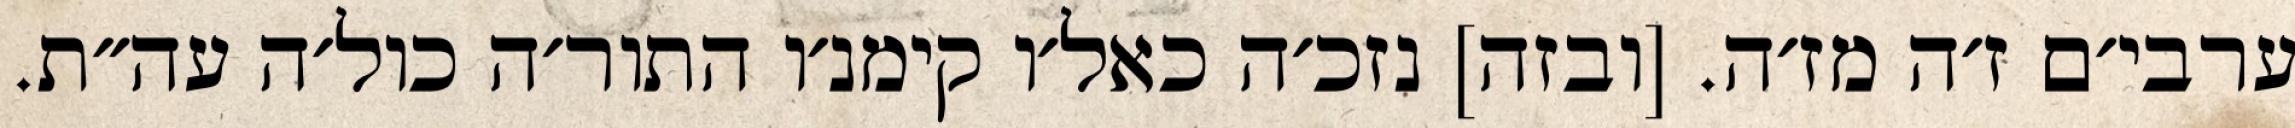
ערבי׳ם ז׳ה מז׳ה. [ובזה] נזכ׳ה כאל׳ו קימנ׳ו התור׳ה כול׳ה עה״ת.